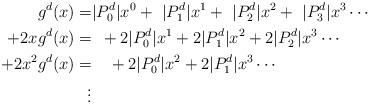
LaTeX: \begin{align*}g^{d}(x)=&|P^d_0|x^0+\,\,|P^d_1|x^1+\,\,|P^d_2|x^2+\,\,|P^d_3|x^3\cdots\\+2xg^{d}(x)=& \enspace +2|P^d_0|x^1+2|P^d_1|x^2+2|P^d_2|x^3\cdots\\+2x^2g^{d}(x)=& \enspace \,\,\,+2|P^d_0|x^2+2|P^d_1|x^3\cdots\\\vdots&\end{align*}